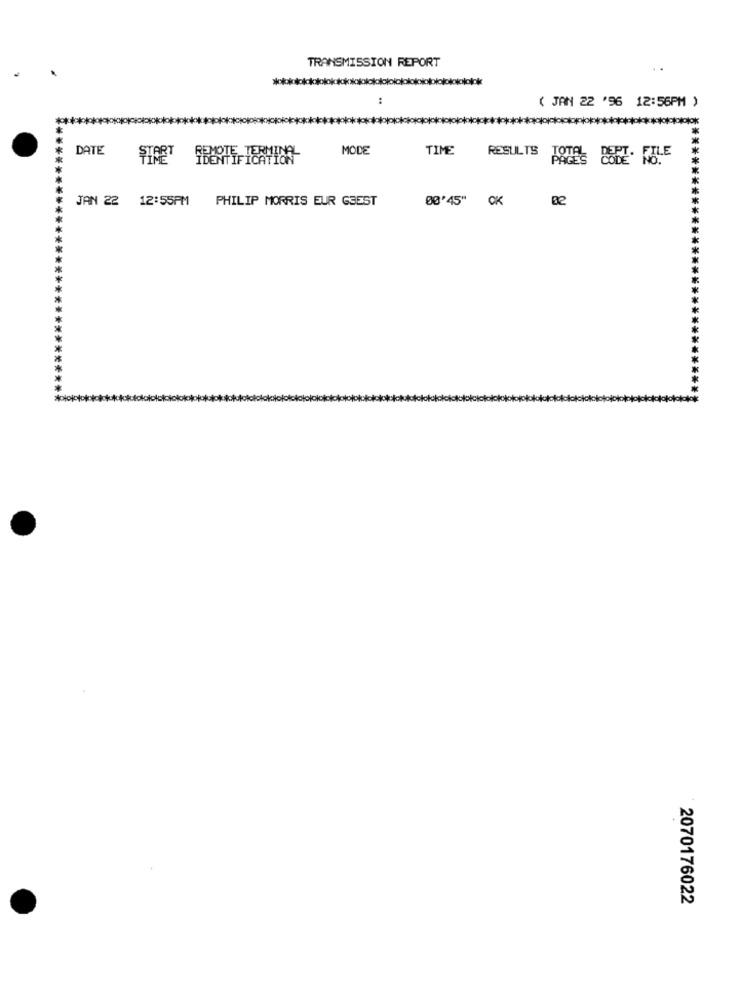
TRANSMISSION REPORT
. .
Dkk
:
( JAN 22 '96 12:56PM )
DATE
MODE
TIME
RESULTS
JAN 22 12:55PM
PHILIP MORRIS EUR GSEST
00'45" OK
****************************
2070176022